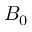
B _ { 0 }